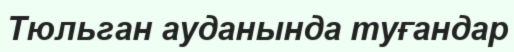
Тюльган ауданында туғандар